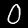
Label: 0